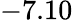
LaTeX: -7.10